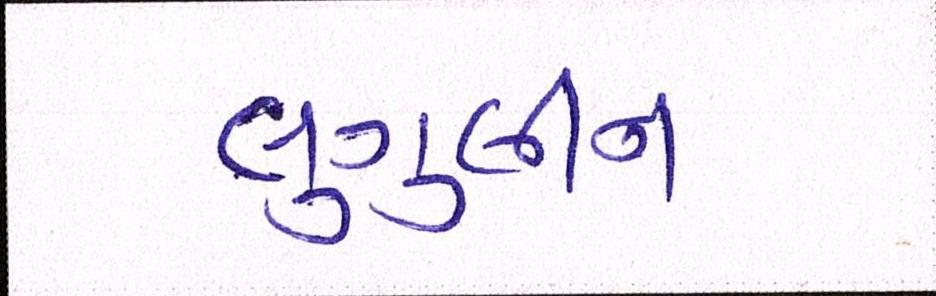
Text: લુગુલીન